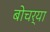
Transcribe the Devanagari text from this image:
बोचर्‍या